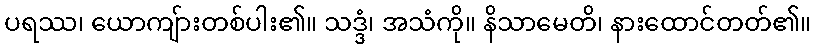
ပရဿ၊ ယောကျ်ားတစ်ပါး၏။ သဒ္ဒံ၊ အသံကို။ နိသာမေတိ၊ နားထောင်တတ်၏။